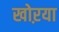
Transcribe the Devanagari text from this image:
खोऱया